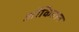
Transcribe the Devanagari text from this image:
ऑकितान